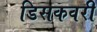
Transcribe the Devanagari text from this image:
डिसकवरी